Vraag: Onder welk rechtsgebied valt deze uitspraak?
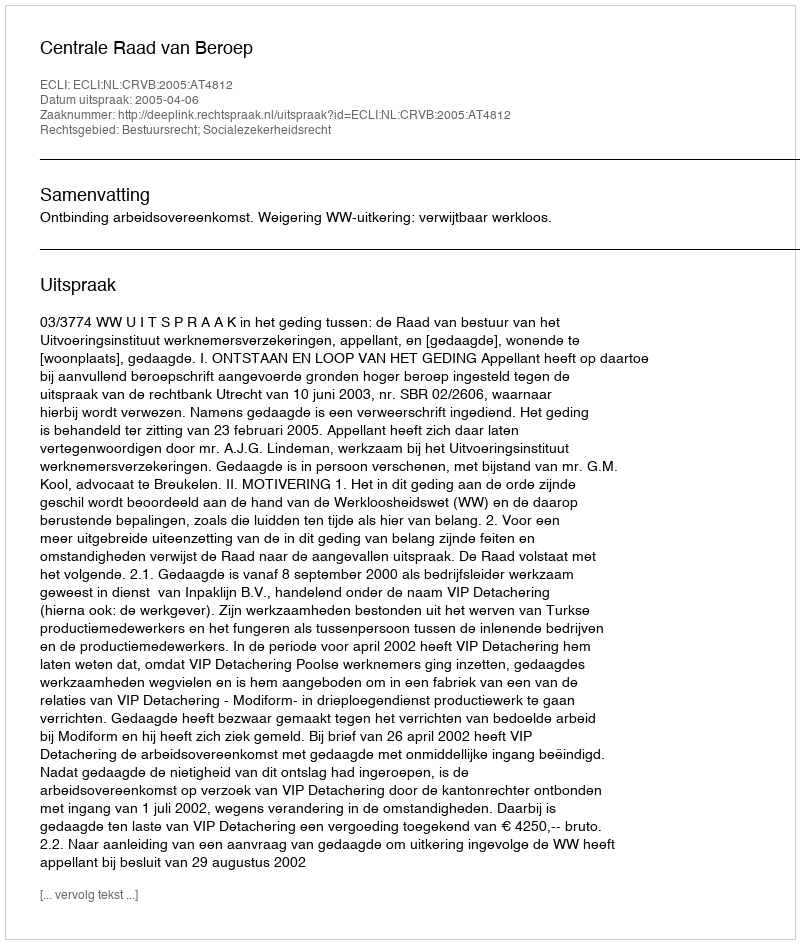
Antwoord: Bestuursrecht; Socialezekerheidsrecht